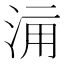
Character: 𣵋